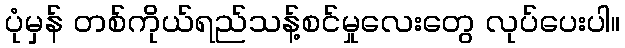
ပုံမှန် တစ်ကိုယ်ရည်သန့်စင်မှုလေးတွေ လုပ်ပေးပါ။